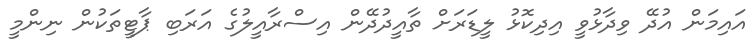
އައިމަން އުދޭ ވިދާޅުވީ އިދިކޮޅު ލީޑަރަށް ތާއީދުދޭން އިސްރާއީލުގެ އަރަބި ޕާޓީތަކުން ނިންމީ